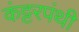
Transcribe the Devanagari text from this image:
कंट्टरपंथी